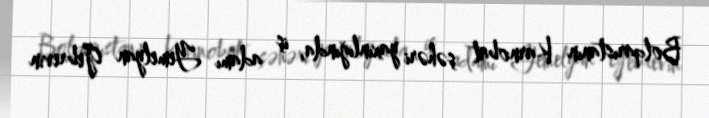
Bolqarıstanın Karnobat şəhəri yaxınlığında, iş adamı Yemelyan Gebrevin